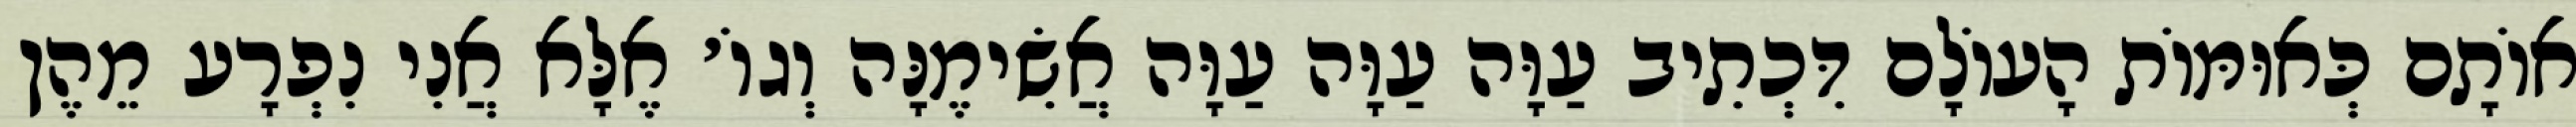
אוֹתָם כְּאוּמּוֹת הָעוֹלָם דִּכְתִיב עַוָּה עַוָּה עַוָּה אֲשִׂימֶנָּה וְגוֹ׳ אֶלָּא אֲנִי נִפְרָע מֵהֶן